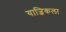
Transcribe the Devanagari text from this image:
याज्ञिकला